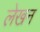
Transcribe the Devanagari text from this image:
ले़खन